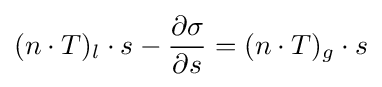
(n\cdot T)_{l}\cdot s-{\frac {\partial \sigma }{\partial s}}=(n\cdot T)_{g}\cdot s